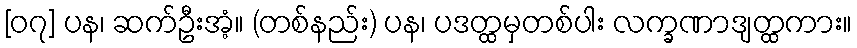
[၀၇] ပန၊ ဆက်ဦးအံ့။ (တစ်နည်း) ပန၊ ပဒတ္ထမှတစ်ပါး လက္ခဏာဒျတ္ထကား။